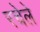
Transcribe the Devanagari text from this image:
रचेले